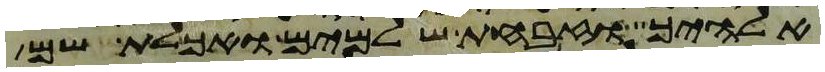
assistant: אלהיך וזבחת שלמים ואכלת שם